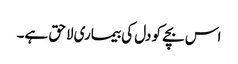
اس بچے کو دل کی بیماری لاحق ہے۔